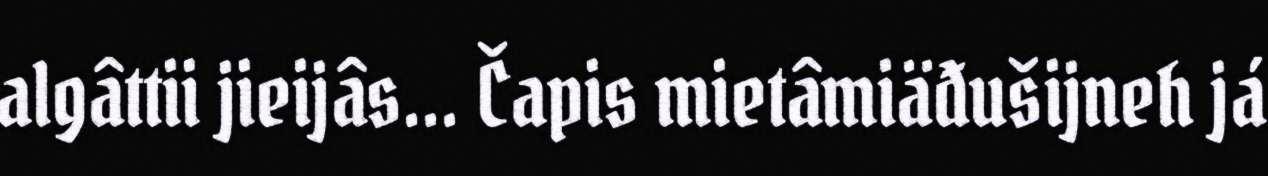
algâttii jieijâs... Čapis mietâmiäđušijneh já